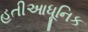
હતીઆધૂનિક